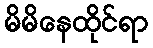
မိမိနေထိုင်ရာ